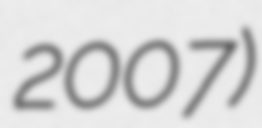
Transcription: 2007)